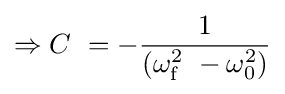
\Rightarrow C\ =-{\frac {1}{(\omega _{\mathrm {f} }^{2}\ -\omega _{0}^{2})}}